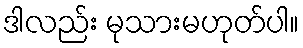
ဒါလည်း မုသားမဟုတ်ပါ။